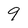
Character: 9